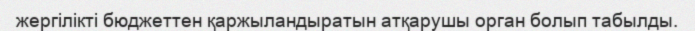
жергілікті бюджеттен қаржыландыратын атқарушы орган болып табылды.